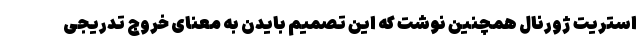
استریت ژورنال همچنین نوشت که این تصمیم بایدن به معنای خروج تدریجی